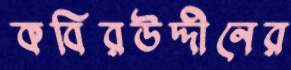
কবিরউদ্দীনের